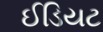
ઈડિયટ